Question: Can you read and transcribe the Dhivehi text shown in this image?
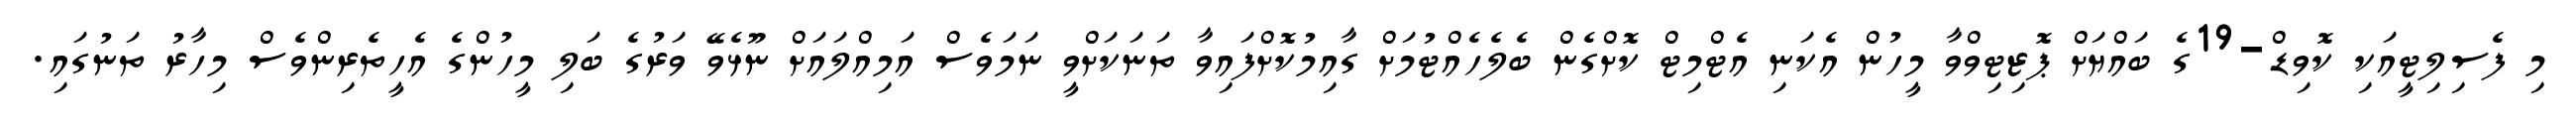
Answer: މި ފެސިލިޓީއަކި ކޮވިޑް-19ގެ ބައްޔަށް ޕޮޒިޓިވްވާ މީހުން އެކަނި އެޓްމިޓް ކޮށްގެން ބެލެހެއްޓުމަށް ގާއިމުކޮށްފައިވާ ތަނަކަށްވީ ނަމަވެސް އަމިއްލައަށް ނޫޅެވޭ ވަރުގެ ބަލި މީހުންގެ އެހީތެރިންވެސް މިހާރު ތަނުގައި.